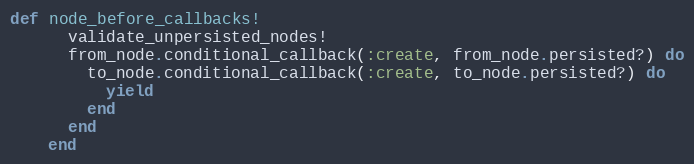
Language: Ruby
def node_before_callbacks!
      validate_unpersisted_nodes!
      from_node.conditional_callback(:create, from_node.persisted?) do
        to_node.conditional_callback(:create, to_node.persisted?) do
          yield
        end
      end
    end